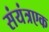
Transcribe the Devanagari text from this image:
संयंत्रएक